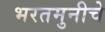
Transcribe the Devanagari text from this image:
भरतमुनीचे